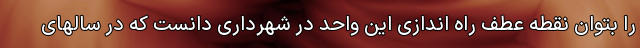
را بتوان نقطه عطف راه اندازی این واحد در شهرداری دانست که در سالهای